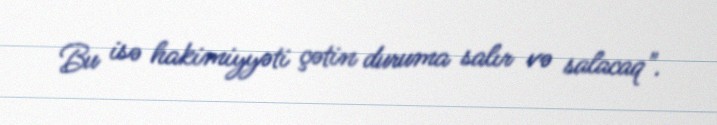
Bu isə hakimiyyəti çətin duruma salır və salacaq".